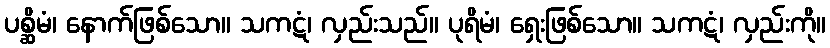
ပစ္ဆိမံ၊ နောက်ဖြစ်သော။ သကဋံ၊ လှည်းသည်။ ပုရိမံ၊ ရှေးဖြစ်သော။ သကဋံ၊ လှည်းကို။